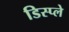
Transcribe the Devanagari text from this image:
डिस्‍प्‍ले